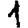
Digit: 1